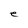
Character: e